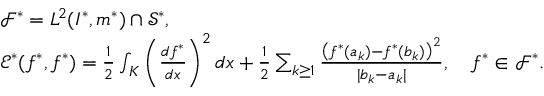
\begin{array} { r l } & { { \mathscr F } ^ { * } = L ^ { 2 } ( I ^ { * } , \mathfrak { m } ^ { * } ) \cap \mathscr { S } ^ { * } , } \\ & { { \mathscr E } ^ { * } ( f ^ { * } , f ^ { * } ) = \frac { 1 } { 2 } \int _ { K } \left( \frac { d f ^ { * } } { d x } \right) ^ { 2 } d x + \frac { 1 } { 2 } \sum _ { k \geq 1 } \frac { \left( f ^ { * } ( a _ { k } ) - f ^ { * } ( b _ { k } ) \right) ^ { 2 } } { | b _ { k } - a _ { k } | } , \quad f ^ { * } \in { \mathscr F } ^ { * } . } \end{array}